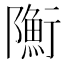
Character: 𨽇